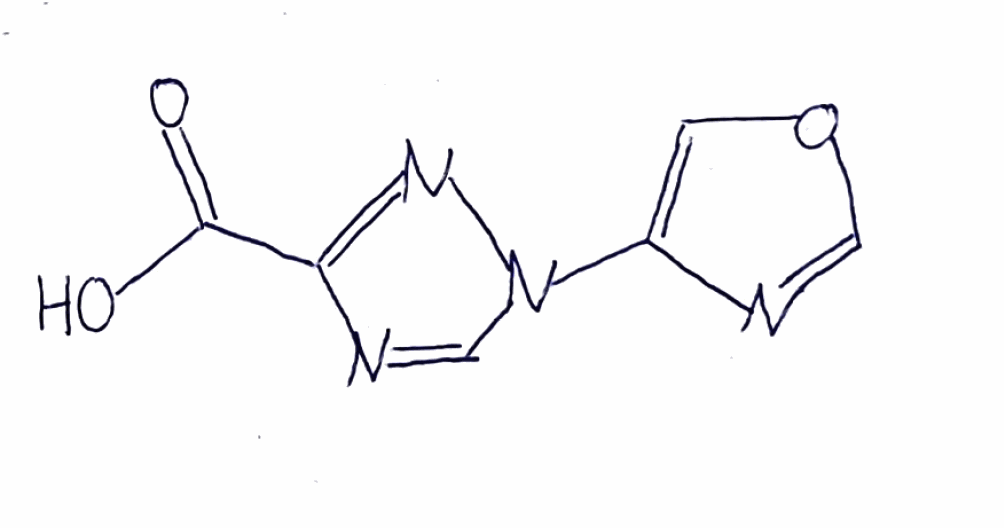
Simplified molecular-input line-entry system (SMILES) notation of the given molecule:
C1=C(N=CO1)N2C=NC(=N2)C(=O)O